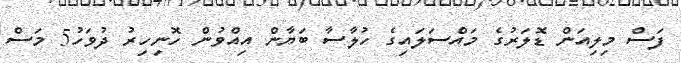
ފަސް މިލިއަން ޑޮލަރުގެ މައްސަލައިގެ ހުލާސާ ބަޔާން އިއްވުން ހޮނިހިރު ދުވަހު5 މަސް